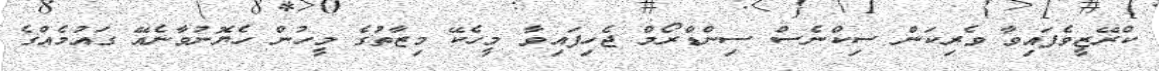
ކްރޭޒީވެފައިވާ ވެރިކަން ސިކްނެސް ސިންޑްރޯމް ޖެހިފައިވާ މީހެކޭ މިޒާތުގެ މީހުން ހެޔޮނުވާނެއޭ ގައުމެއްގެ